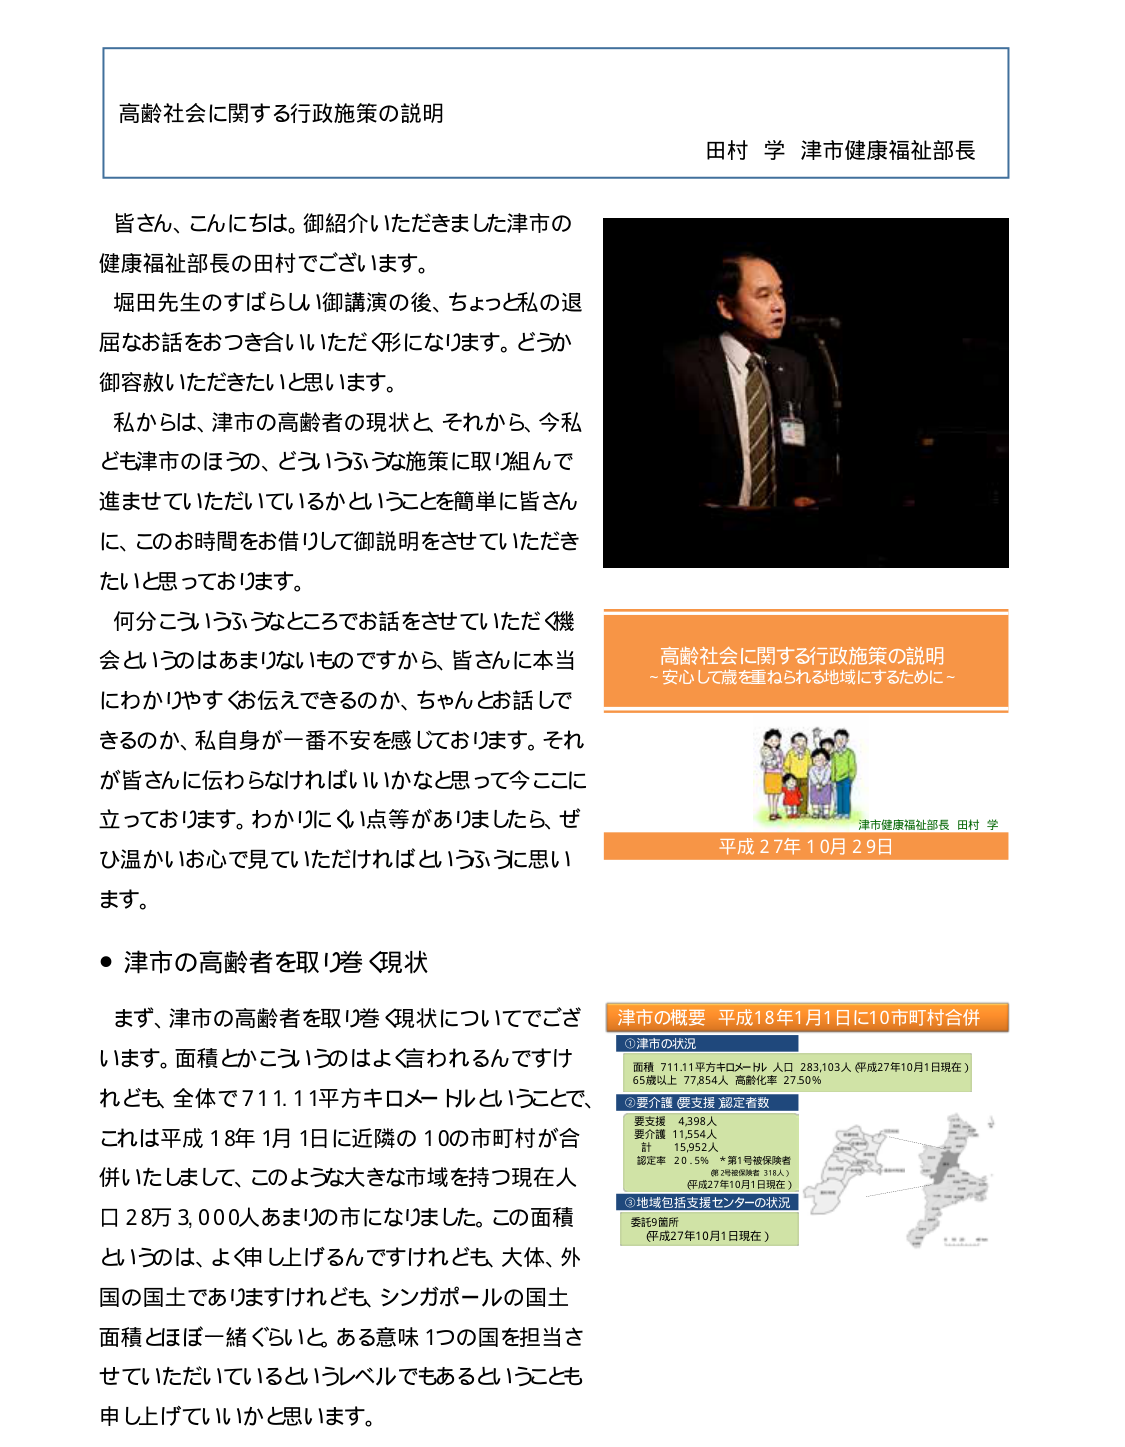
高齢社会に関する行政施策の説明
田村 学 津市健康福祉部長

皆さん、こんにちは。御紹介いただきました津市の
健康福祉部長の田村でございます。
堀田先生のすばらしい御講演の後、ちょっと私の退
屈なお話をおつき合いいただく形になります。どうか
御容赦いただきたいと思います。
私からは、津市の高齢者の現状と、それから、今私
ども津市のほうの、どういうふうな施策に取り組んで
進ませていただいているかということを簡単に皆さん
に、このお時間をお借りして御説明をさせていただき
たいと思っております。
何分こういうふうなところでお話をさせていただく機
会というのはあまりないものですから、皆さんに本当
にわかりやすくお伝えできるのか、ちゃんとお話で
きるのか、私自身が一番不安を感じております。それ
が皆さんに伝わらなければいいかなと思って今ここに
立っております。わかりにくい点等がありましたら、ぜ
ひ温かいお心で見ていただければというふうに思い
ます。

● 津市の高齢者を取り巻く現状
まず、津市の高齢者を取り巻く現状についてでござ
います。面積とかこういうのはよく言われるんですけ
れども、全体で711.11平方キロメートルということで、
これは平成18年1月1日に近隣の10の市町村が合
併いたしまして、このような大きな市域を持つ現在人
口28万3,000人あまりの市になりました。この面積
というのは、よく申し上げるんですけれども、大体、外
国の国土でありますけれども、シンガポールの国土
面積とほぼ一緒ぐらいと、ある意味1つの国を担当さ
せていただいているというレベルでもあるということも
申し上げていいかと思います。

高齢社会に関する行政施策の説明
～安心して歳を重ねられる地域にするために～
津市健康福祉部長 田村 学
平成27年10月29日

津市の概要 平成18年1月1日に10市町村合併
①津市の状況
面積 711.11平方キロメートル 人口 283,103人（平成27年10月1日現在）
65歳以上 77,854人 高齢化率 27.50%
②要介護・要支援 認定者数
要支援 4,398人
要介護 11,554人
計 15,952人
認定率 20.5% ＊第1号被保険者
（第2号被保険者318人）
（平成27年10月1日現在）
③地域包括支援センターの状況
委託9箇所
（平成27年10月1日現在）